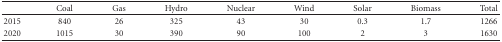
|  | Coal | Gas | Hydro | Nuclear | Wind | Solar | Biomass | Total |
 | --- | --- | --- | --- | --- | --- | --- | --- | --- |
 | 2015 | 840 | 26 | 325 | 43 | 30 | 0.3 | 1.7 | 1266 |
 | 2020 | 1015 | 30 | 390 | 90 | 100 | 2 | 3 | 1630 |